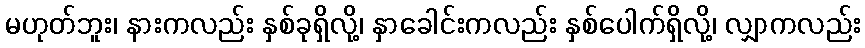
မဟုတ်ဘူး၊ နားကလည်း နှစ်ခုရှိလို့၊ နှာခေါင်းကလည်း နှစ်ပေါက်ရှိလို့၊ လျှာကလည်း